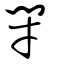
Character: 閉